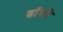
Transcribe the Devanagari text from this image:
ढाँणी